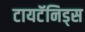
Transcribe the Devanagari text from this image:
टायटॅनिड्स